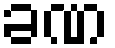
ခဏ